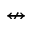
\nleftrightarrow